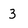
Character: 3